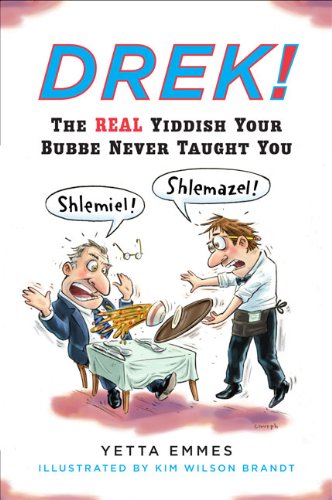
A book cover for Drek!: The Real Yiddish Your Bubbe Never Taught You; Yetta Emmes; Reference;